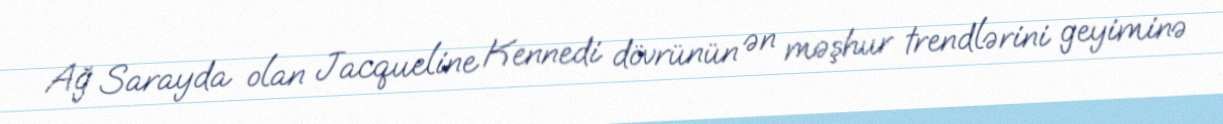
Ağ Sarayda olan Jacqueline Kennedi dövrünün ən məşhur trendlərini geyiminə